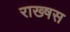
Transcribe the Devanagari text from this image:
राख्षस